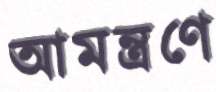
আমন্ত্রণে